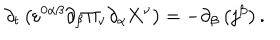
\partial _ { t } \left( \varepsilon ^ { 0 \alpha \beta } \partial _ { \beta } \Pi _ { \nu } \partial _ { \alpha } \mathbf { X } ^ { \nu } \right) = - \partial _ { \beta } \left( j ^ { \beta } \right) .